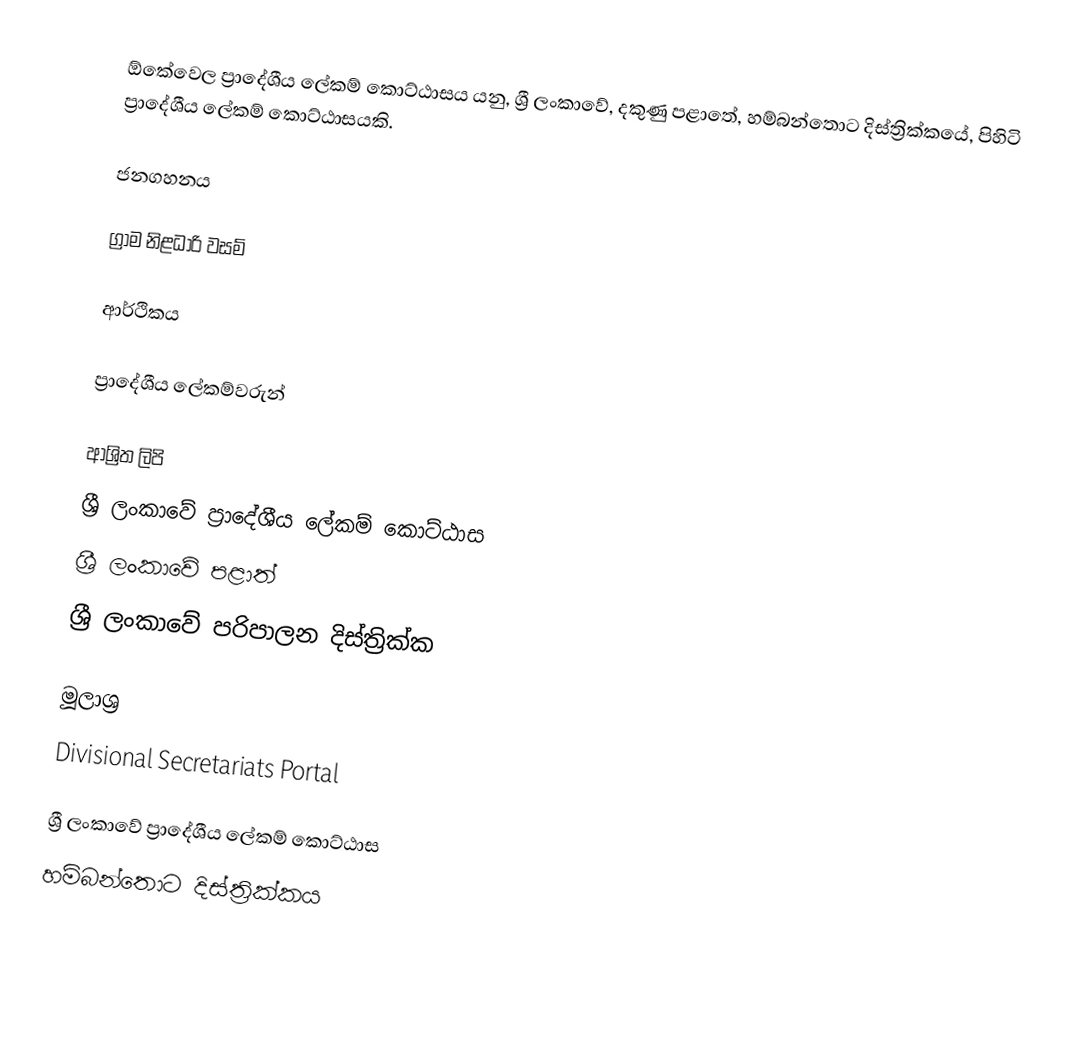
ඕකේවෙල ප්‍රාදේශීය ලේකම් කොට්ඨාසය යනු,  ශ්‍රී ලංකාවේ, දකුණු පළාතේ,   හම්බන්තොට දිස්ත්‍රික්කයේ, පිහිටි ප්‍රාදේශීය ලේකම් කොට්ඨාසයකි.

ජනගහනය

ග්‍රාම නිළධාරි වසම්

ආර්ථිකය

ප්‍රාදේශීය ලේකම්වරුන්

ආශ්‍රිත ලිපි
ශ්‍රී ලංකාවේ ප්‍රාදේශීය ලේකම් කොට්ඨාස
ශ්‍රී ලංකාවේ පළාත්
ශ්‍රී ලංකාවේ පරිපාලන දිස්ත්‍රික්ක

මූලාශ්‍ර
 Divisional Secretariats Portal

ශ්‍රී ලංකාවේ ප්‍රාදේශීය ලේකම් කොට්ඨාස
හම්බන්තොට දිස්ත්‍රික්කය